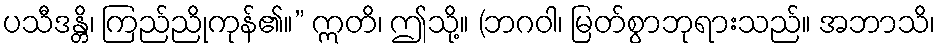
ပသီဒန္တိ၊ ကြည်ညိုကုန်၏။” ဣတိ၊ ဤသို့။ (ဘဂဝါ၊ မြတ်စွာဘုရားသည်။ အဘာသိ၊